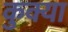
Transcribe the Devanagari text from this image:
कुक्या